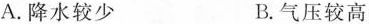
A.降水较少 B.气压较高